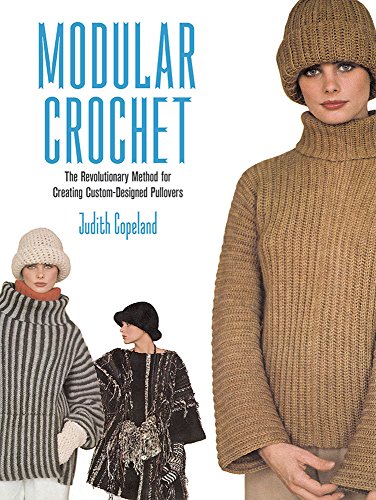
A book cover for Modular Crochet: The Revolutionary Method for Creating Custom-Designed Pullovers (Dover Knitting, Crochet, Tatting, Lace); Judith Copeland; Crafts, Hobbies & Home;